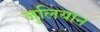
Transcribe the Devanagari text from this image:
जुलियान